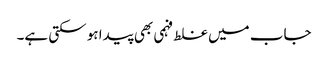
جاب میں غلط فہمی بھی پیدا ہو سکتی ہے۔